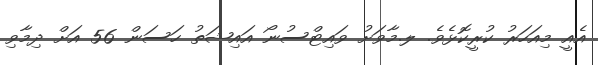
އެއީ މިއަހަރު ކުރީކޮޅެވެ. ލ.މާވަށު ވައިޓްސުނޯ އައިޝަތު ހަސަން 56 އަށް ދިމާވި